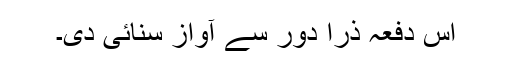
اس دفعہ ذرا دور سے آواز سنائی دی۔